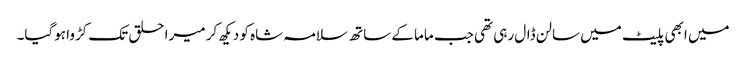
میں ابھی پلیٹ میں سالن ڈال رہی تھی جب ماما کے ساتھ سلامہ شاہ کو دیکھ کر میرا حلق تک کڑوا ہوگیا۔